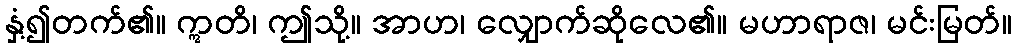
နှံ့၍တက်၏။ ဣတိ၊ ဤသို့။ အာဟ၊ လျှောက်ဆိုလေ၏။ မဟာရာဇ၊ မင်းမြတ်။